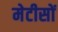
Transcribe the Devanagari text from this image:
मेटीसों